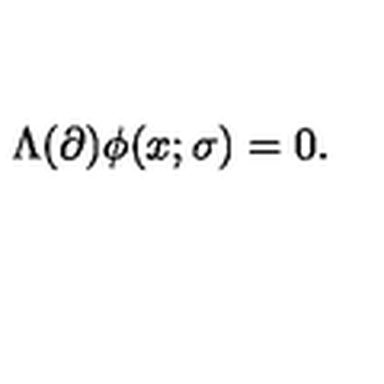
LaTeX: \Lambda ( \partial ) \phi ( x ; \sigma ) = 0 .